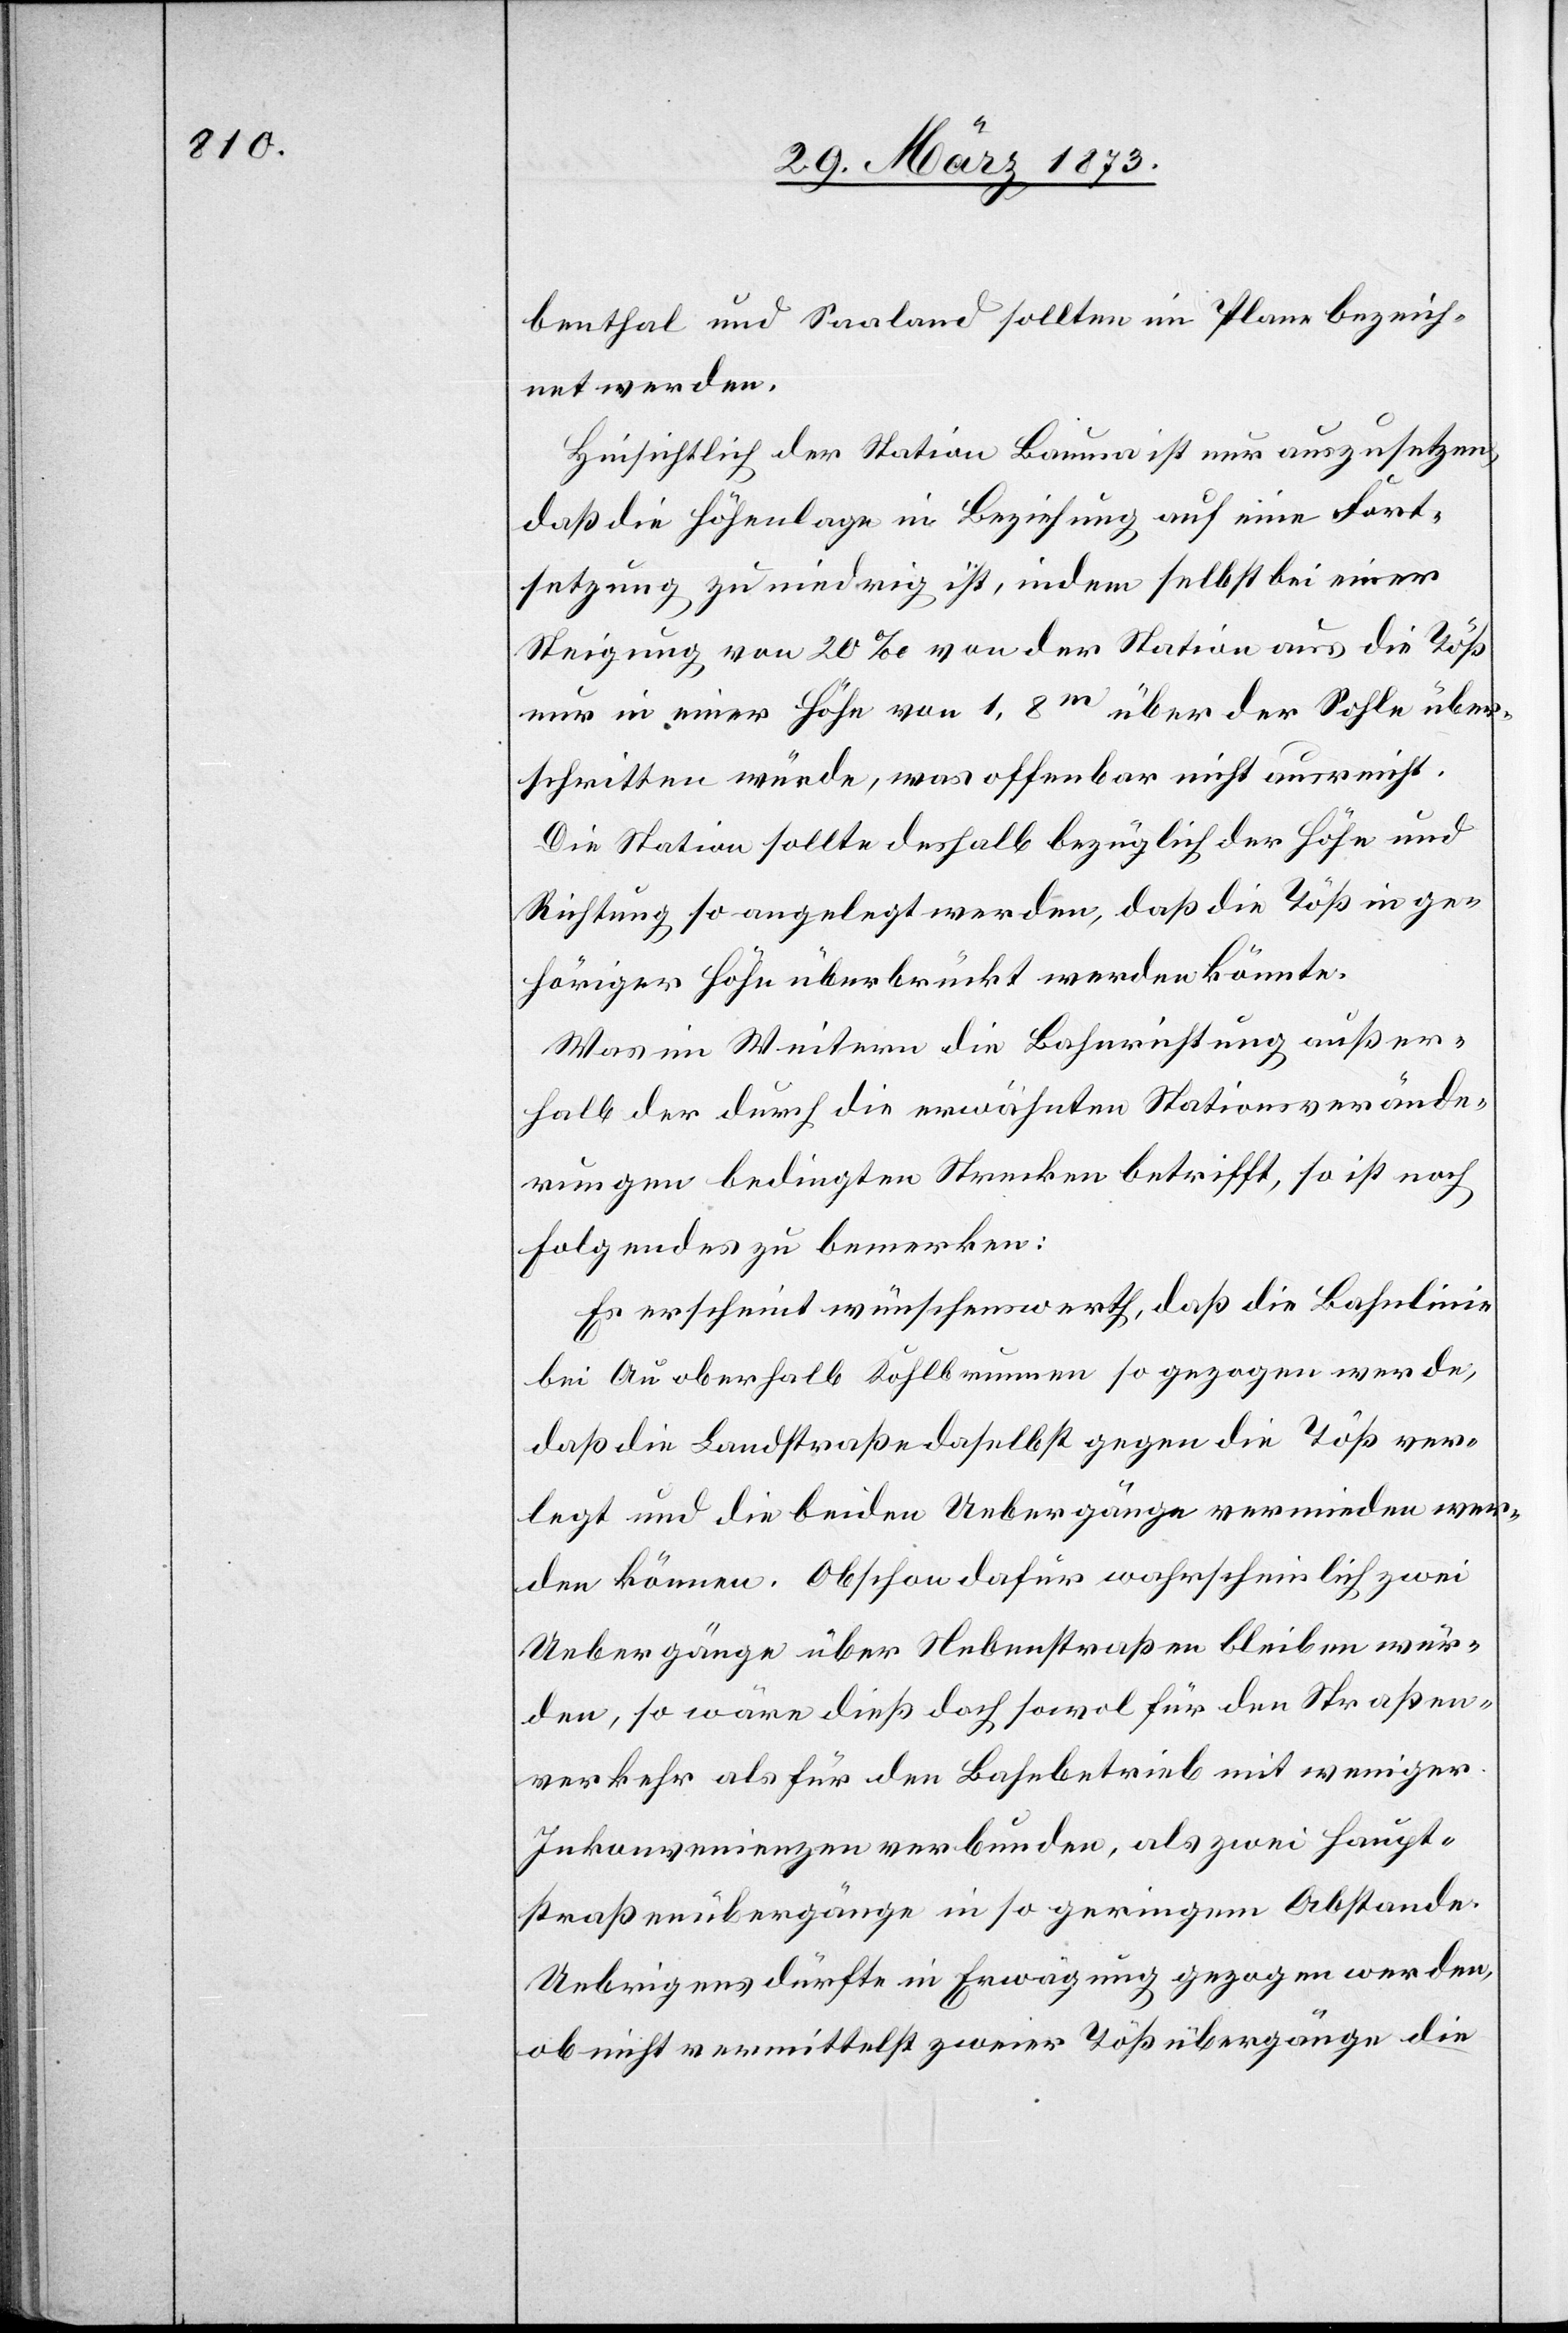
benthal und Saaland sollten im Plane bezeich¬
net werden.
Hinsichtlich der Station Bauma ist nur auszusetzen,
daß die Höhenlage in Beziehung auf eine Fort¬
setzung zu niedrig ist, indem selbst bei einer
Steigung von 20‰ von der Station aus die Töß
nur in einer Höhe von 1,8m über der Sohle über¬
schritten würde, was offenbar nicht ausreicht.
Die Station sollte deshalb bezüglich der Höhe und
Richtung so angelegt werden, daß die Töß in ge¬
höriger Höhe überbrückt werden könnte.
Was im Weitern die Bahnrichtung außer¬
halb der durch die erwähnten Stationsverände¬
rungen bedingten Strecken betrifft, so ist noch
Folgendes zu bemerken:
Es erscheint wünschenswerth, daß die Bahnlinie
bei Au oberhalb Kohlbrunnen so gezogen werde,
daß die Landstraße daselbst gegen die Töß ver¬
legt und die beiden Uebergänge vermieden wer¬
den können. Obschon dafür wahrscheinlich zwei
Uebergänge über Nebenstraßen bleiben wür¬
den, so wäre dieß doch sowol für den Straßen¬
verkehr als für den Bahnbetrieb mit weniger
Inkonvenienzen verbunden, als zwei Haupt¬
straßenübergänge in so geringem Abstande.
Uebrigens dürfte in Erwägung gezogen werden,
ob nicht vermittelst zweier Tößübergänge die